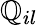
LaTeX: \mathbb{Q}_{il}